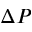
\Delta P